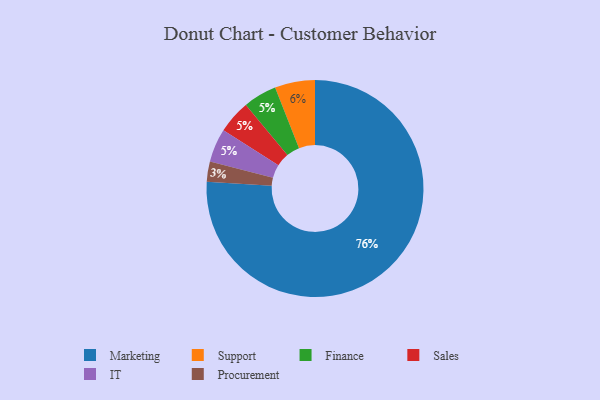
{"axis": {"x": "Category", "y": "Percentage"}, "legend": ["Finance", "IT", "Marketing", "Procurement", "Sales", "Support"], "data": [{"x": "Support", "y": 6, "type": "Support"}, {"x": "Finance", "y": 5, "type": "Finance"}, {"x": "Sales", "y": 5, "type": "Sales"}, {"x": "Marketing", "y": 76, "type": "Marketing"}, {"x": "IT", "y": 5, "type": "IT"}, {"x": "Procurement", "y": 3, "type": "Procurement"}]}